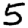
Digit: 5